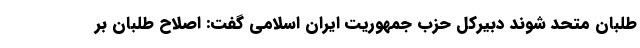
طلبان متحد شوند دبیرکل حزب جمهوریت ایران اسلامی گفت: اصلاح طلبان بر